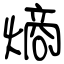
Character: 熵